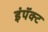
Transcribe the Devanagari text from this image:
इंपॅक्ट